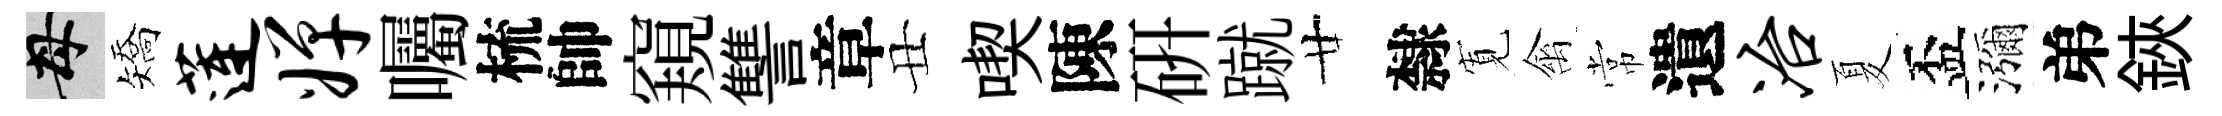
母矯莲婵囑梳帥窺讐章丑喫陳硏蹴廿隸𡩖禽常遺冶夏盃瀰弟鋏